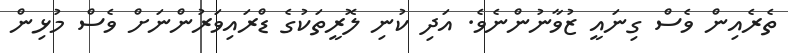
ތެރެއިން ވެސް ގިނައީ ޒުވާނުންނެވެ. އަދި ކުނި ލޮރީތަކުގެ ޑްރައިވަރުންނަށް ވެސް މުޅިން